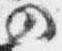
の